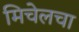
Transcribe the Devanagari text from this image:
मिचेलचा